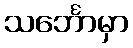
သင်္ဘောမှာ